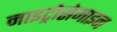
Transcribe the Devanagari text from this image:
नाइट्रोसेमाइन